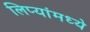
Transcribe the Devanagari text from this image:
लिप्यांमध्ये